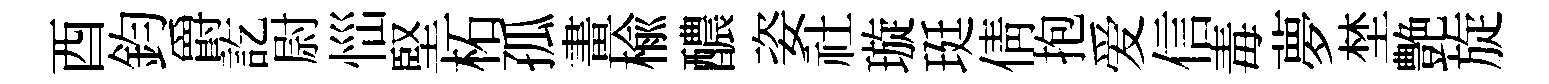
酉鈞爵訖尉𢙉堅柘孤畫榆醲姿社璇珽倩抱爱信毒夢埜艶旋